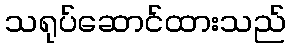
သရုပ်ဆောင်ထားသည်